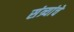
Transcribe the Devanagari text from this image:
संत्र्यांचे